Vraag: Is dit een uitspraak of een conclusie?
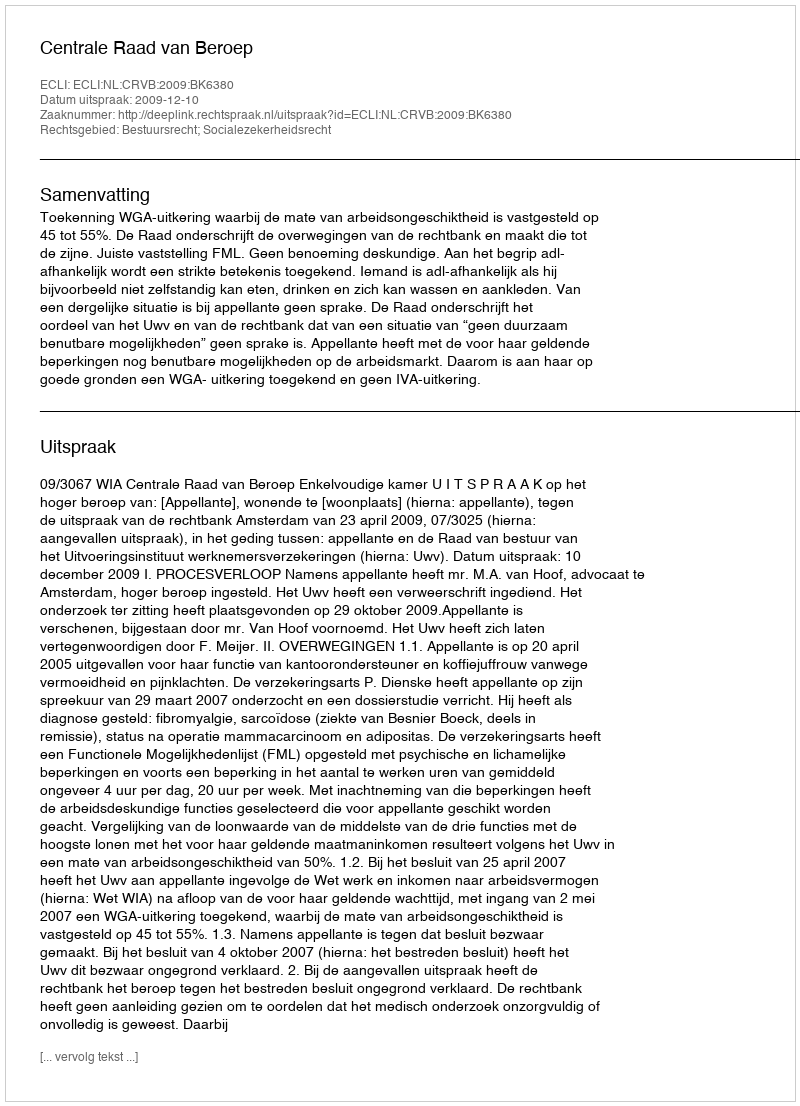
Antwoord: Uitspraak